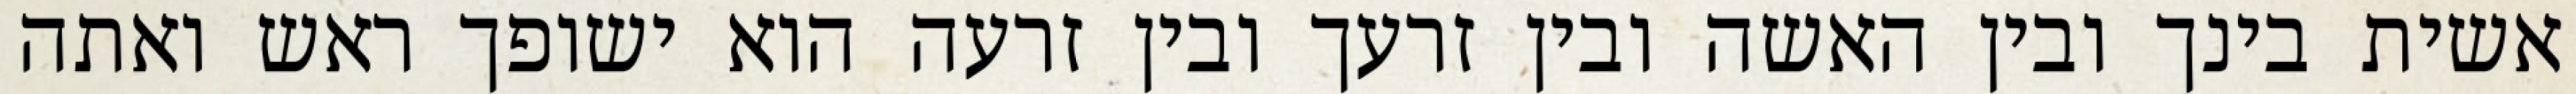
אשית בינך ובין האשה ובין זרעך ובין זרעה הוא ישופך ראש ואתה